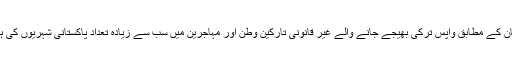
یونان کے مطابق واپس ترکی بھیجے جانے والے غیر قانونی تارکین وطن اور مہاجرین میں سب سے زیادہ تعداد پاکستانی شہریوں کی ہے۔